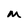
Character: M